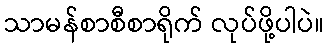
သာမန်စာစီစာရိုက် လုပ်ဖို့ပါပဲ။